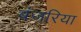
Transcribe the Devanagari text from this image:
बंजरिया